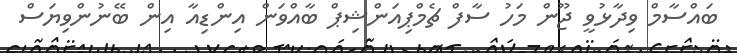
ބައްސާމް ވިދާޅުވީ ޖޫން މަހު ސާފް ޗެމްޕިއަންޝިޕް ބާއްވަން އިންޑިއާ އިން ބޭނުންވިޔަސް